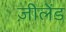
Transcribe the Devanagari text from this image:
ज़ीलेंड